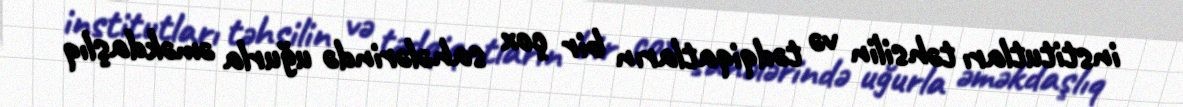
institutları təhsilin və tədqiqatların bir çox sahələrində uğurla əməkdaşlıq